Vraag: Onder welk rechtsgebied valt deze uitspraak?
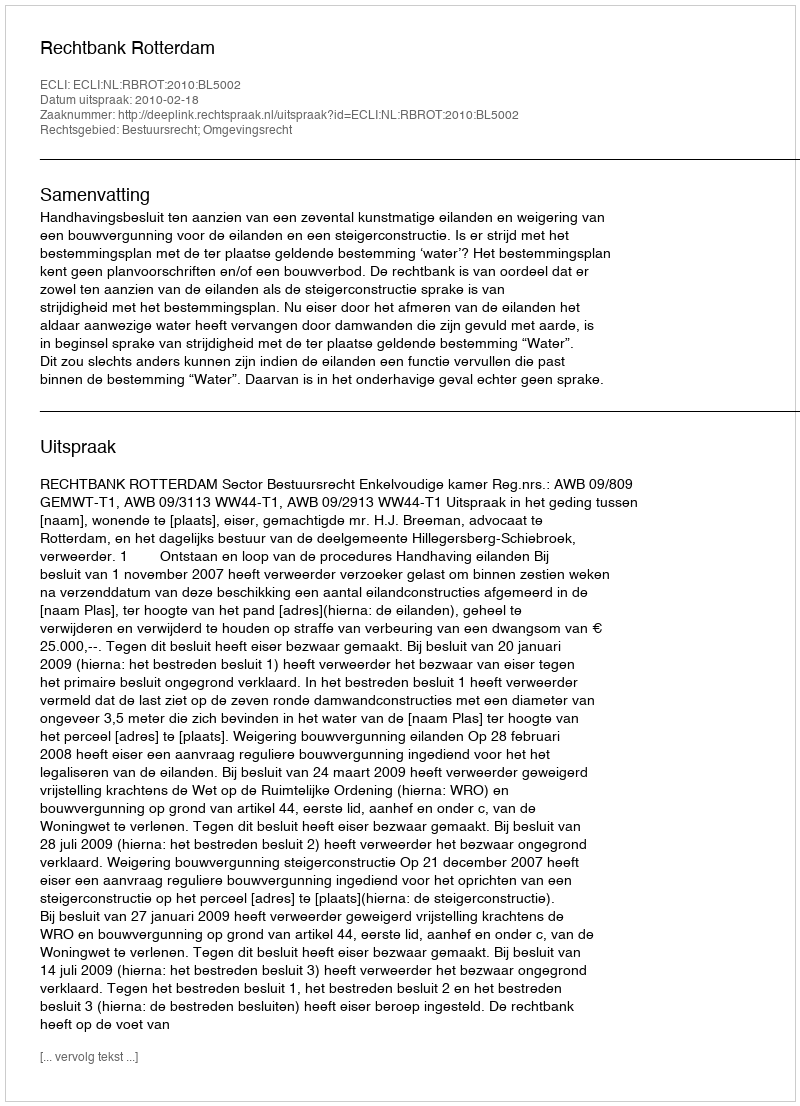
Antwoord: Bestuursrecht; Omgevingsrecht